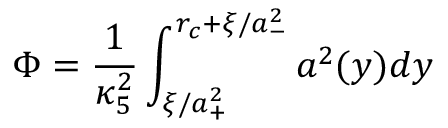
\Phi = \frac { 1 } { \kappa _ { 5 } ^ { 2 } } \int _ { \xi / a _ { + } ^ { 2 } } ^ { r _ { c } + \xi / a _ { - } ^ { 2 } } a ^ { 2 } ( y ) d y